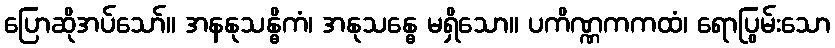
ပြောဆိုအပ်သော်။ အနနုသန္ဓိကံ၊ အနုသန္ဓေ မရှိသော။ ပကိဏ္ဏကကထံ၊ ရောပြွမ်းသော